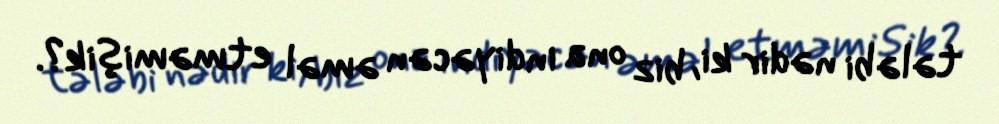
tələbi nədir ki, biz ona indiyəcən əməl etməmişik?.